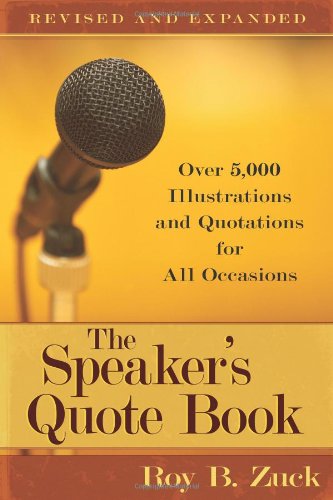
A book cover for The Speaker's Quote Book: Over 5,000 Illustrations and Quotations for All Occasions; Roy B. Zuck; Christian Books & Bibles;